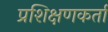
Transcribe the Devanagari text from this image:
प्रशिक्षणकर्ता